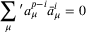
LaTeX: \sum _ { \mu } { } ^ { \prime } a _ { \mu } ^ { p - i } \bar { a } _ { \mu } ^ { i } = 0